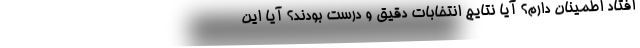
افتاد اطمینان دارم؟ آیا نتایج انتخابات دقیق و درست بودند؟ آیا این